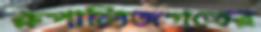
রুপালিজগতের